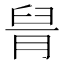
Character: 𦥩